Document type: Sale
Year: 1423
Scribe: Joan Franc
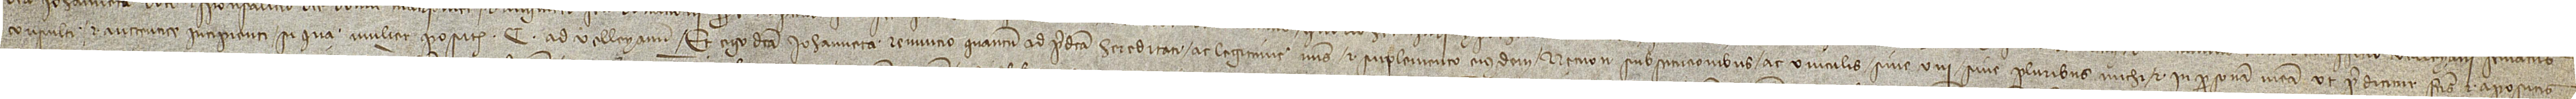
consulti et auctentice incipienti “Si qua mulier”, posite C. ad Velleyanum. Et ego dicta Iohanneta renuncio quantum ad predicta hereditati ac legitime meis et suplemento eiusdem, necnon substitucionibus ac vinculis, sive uni sive pluribus, michi et in personam meam, ut predicitur, factis et apositis,